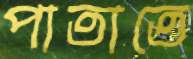
পাতাতে